Leaving Certificate Examination (including Day School Certificate (Higher) General paper), 1937
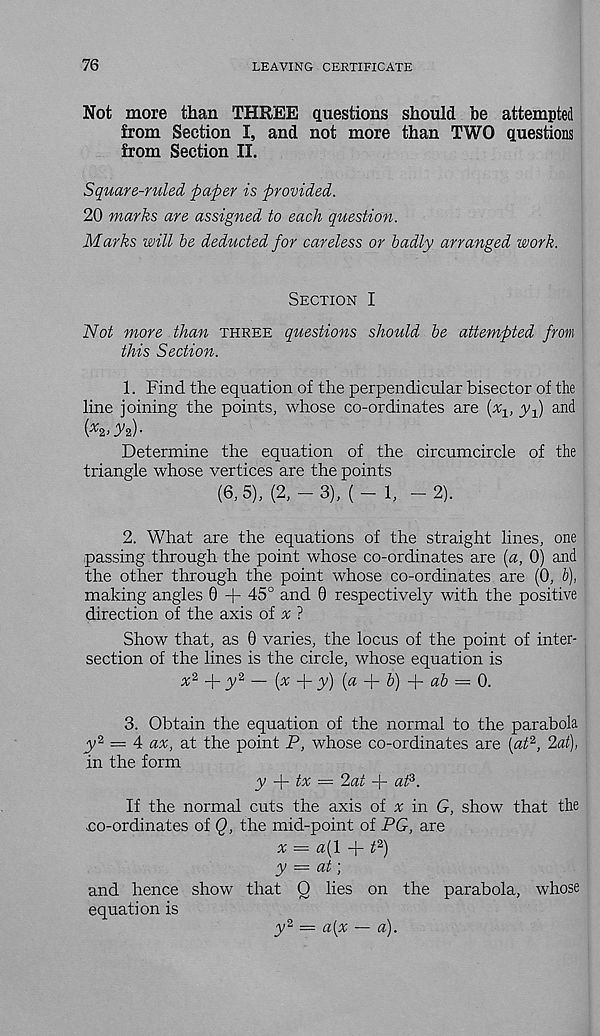
76
LEAVING CERTIFICATE
Not more than THREE questions should be attempted
from Section I, and not more than TWO questions
from Section II.
Square-ruled paper is provided.
20 marks are assigned to each question.
Marks will be deducted for careless or badly arranged work.
Section I
Not more than three questions should be attempted from
this Section.
1. Find the equation of the perpendicular bisector of the
line joining the points, whose co-ordinates are
yf and
i x 2> IV2) •
Determine the equation of the circumcircle of the
triangle whose vertices are the points
(6,5), (2,-3), (-1, -2).
2. What are the equations of the straight lines, one
passing through the point whose co-ordinates are {a, 0) and
the other through the point whose co-ordinates are (0, b),
making angles 6 -f- 45° and 0 respectively with the positive
direction of the axis of x ?
Show that, as 0 varies, the locus of the point of inter-
section of the lines is the circle, whose equation is
x z
y 2 — (x
y) (a
b) f- ab — 0.
3. Obtain the equation of the normal to the parabola
y 2 = 4 ax, at the point P, whose co-ordinates are [at 2 , 2at),
in the form
y
tx — 2at -f- at?.
If the normal cuts the axis of * in G, show that the
no-ordinates of Q, the mid-point of PG, are
^ — a{\ -f- t 2 )
y — at)
and hence show that Q lies on the parabola, whose
equation is
y 2 — a(x — a).